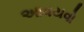
આવયવો